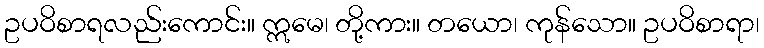
ဥပဝိစာရလည်းကောင်း။ ဣမေ၊ တို့ကား။ တယော၊ ကုန်သော။ ဥပဝိစာရာ၊